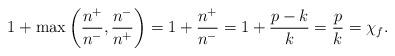
LaTeX: \begin{align*}1 + \max\left(\frac{n^+}{n^-} , \frac{n^-}{n^+}\right) = 1 + \frac{n^+}{n^-} = 1 + \frac{p - k}{k} = \frac{p}{k} = \chi_f.\end{align*}